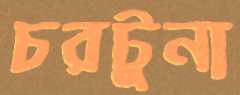
চরটুনা